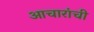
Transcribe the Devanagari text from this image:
आचारांची